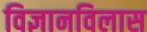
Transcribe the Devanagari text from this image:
विज्ञानविलास